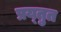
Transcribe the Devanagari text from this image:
प्रय्तुत